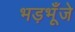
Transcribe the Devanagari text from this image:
भड़भूँजे